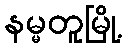
နမ္မတူမြို့